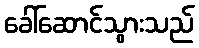
ခေါ်ဆောင်သွားသည်